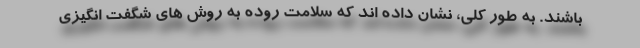
باشند. به طور کلی، نشان داده اند که سلامت روده به روش های شگفت انگیزی